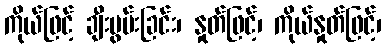
ကိုယ်ဖြင့် ချီးမွမ်းခြင်း၊ နှုတ်ဖြင့်၊ ကိုယ်နှုတ်ဖြင့်၊